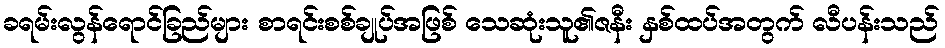
ခရမ်းလွန်ရောင်ခြည်များ စာရင်းစစ်ချုပ်အဖြစ် သေဆုံးသူ၏ဇနီး နှစ်ထပ်အတွက် လီပန်းသည်